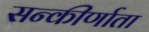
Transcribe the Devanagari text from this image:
सन्कीर्णाता